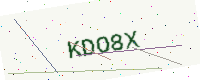
Text: KDO8X